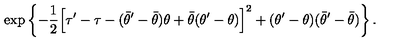
\exp \left\{ - \frac { 1 } { 2 } \Bigl [ \tau ^ { \prime } - \tau - ( \bar { \theta } ^ { \prime } - \bar { \theta } ) \theta + \bar { \theta } ( \theta ^ { \prime } - \theta ) \Bigr ] ^ { 2 } + ( \theta ^ { \prime } - \theta ) ( \bar { \theta } ^ { \prime } - \bar { \theta } ) \right\} .